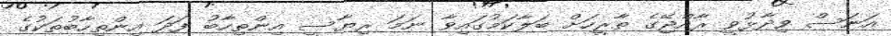
އަނަސް ވިދާޅުވީ ރާއްޖޭގެ ތާރީހަށް ބަލާކަމުގައިވާ ނަމަ ރިޔާސީ އިންތިހާބު ފަދަ އިންތިހާބުތަކުގެ